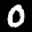
Label: 0